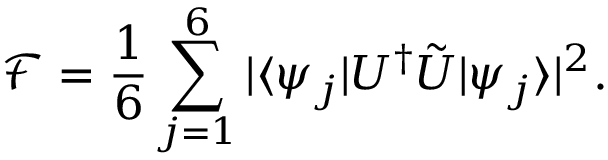
\mathcal { F } = \frac { 1 } { 6 } \sum _ { j = 1 } ^ { 6 } | \langle \psi _ { j } | U ^ { \dagger } \tilde { U } | \psi _ { j } \rangle | ^ { 2 } .